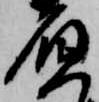
負